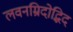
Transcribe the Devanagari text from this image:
लवनम्रिदोद्भिद